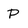
Character: P